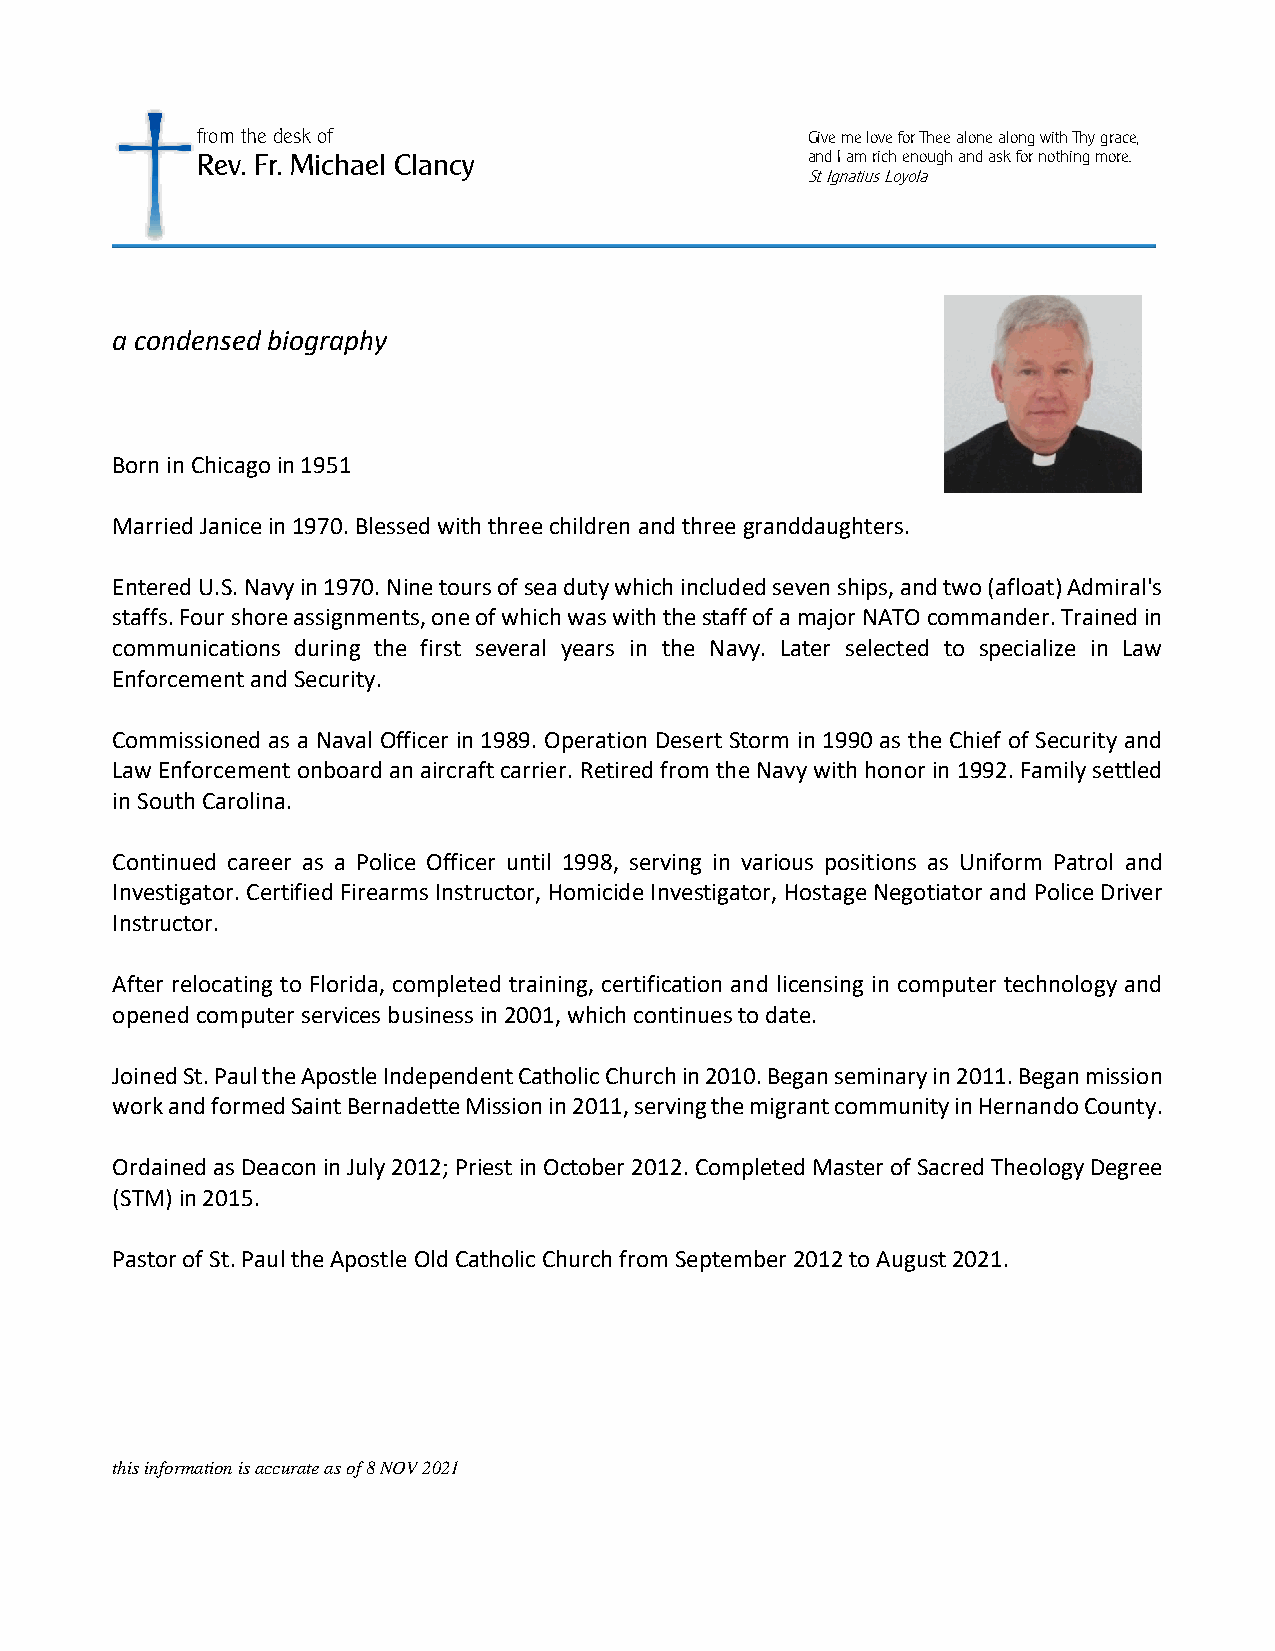
from the desk of                        Give me love for Thee alone along with Thy grace,
 Rev. Fr. Michael Clancy                 and I am rich enough and ask for nothing more.
 St. Ignatius Loyola
 a condensed biography
 Born in Chicago in 1951
 Married Janice in 1970. Blessed with three children and three granddaughters.
 Entered U.S. Navy in 1970. Nine tours of sea duty which included seven ships, and two (afloat) Admiral's
 staffs. Four shore assignments, one of which was with the staff of a major NATO commander. Trained in
 communications during the first several years in the Navy. Later selected to specialize in Law
 Enforcement and Security.
 Commissioned as a Naval Officer in 1989. Operation Desert Storm in 1990 as the Chief of Security and
 Law Enforcement onboard an aircraft carrier. Retired from the Navy with honor in 1992. Family settled
 in South Carolina.
 Continued career as a Police Officer until 1998, serving in various positions as Uniform Patrol and
 Investigator. Certified Firearms Instructor, Homicide Investigator, Hostage Negotiator and Police Driver
 Instructor.
 After relocating to Florida, completed training, certification and licensing in computer technology and
 opened computer services business in 2001, which continues to date.
 Joined St. Paul the Apostle Independent Catholic Church in 2010. Began seminary in 2011. Began mission
 work and formed Saint Bernadette Mission in 2011, serving the migrant community in Hernando County.
 Ordained as Deacon in July 2012; Priest in October 2012. Completed Master of Sacred Theology Degree
 (STM) in 2015.
 Pastor of St. Paul the Apostle Old Catholic Church from September 2012 to August 2021.
 this information is accurate as of 8 NOV 2021